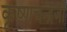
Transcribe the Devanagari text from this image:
कृष्‍णचन्‍द्रजी